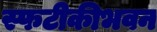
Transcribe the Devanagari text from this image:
स्फटीकीभवन